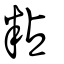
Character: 粘